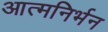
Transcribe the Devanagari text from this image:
आत्मनिर्भन